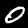
Digit: 0